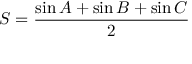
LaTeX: S = { \frac { \sin A + \sin B + \sin C } { 2 } }